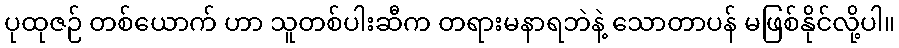
ပုထုဇဉ် တစ်ယောက် ဟာ သူတစ်ပါးဆီက တရားမနာရဘဲနဲ့ သောတာပန် မဖြစ်နိုင်လို့ပါ။